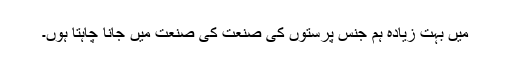
میں بہت زیادہ ہم جنس پرستوں کی صنعت کی صنعت میں جانا چاہتا ہوں۔